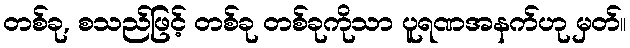
တစ်ခု, စသည်ဖြင့် တစ်ခု တစ်ခုကိုသာ ပူရဏအနက်ဟု မှတ်။